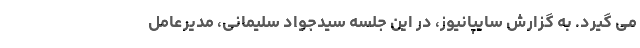
می گیرد. به گزارش سایپانیوز، در این جلسه سیدجواد سلیمانی، مدیرعامل